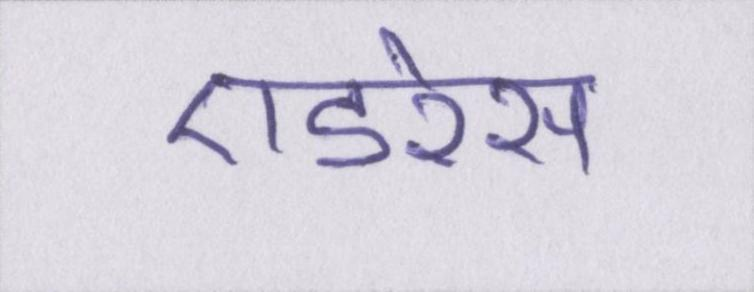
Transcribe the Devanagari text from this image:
एडरेस